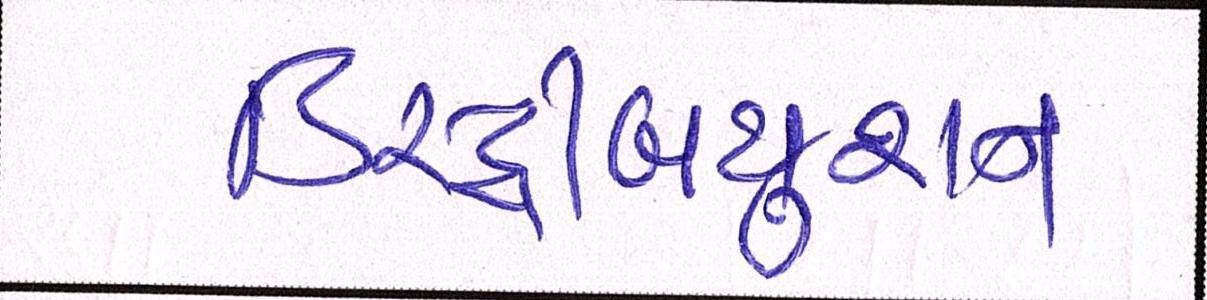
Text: ડિસ્ટ્રીબયુશન